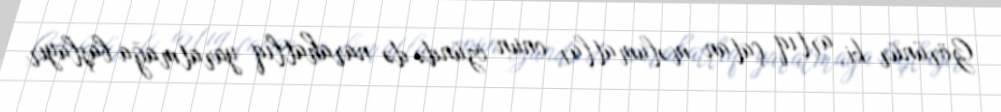
Görünür ki, artıq çatan məlumatlar onun özündə də narahatlıq yaratmağa başlayır